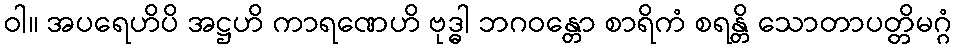
ဝါ။ အပရေဟိပိ အဋ္ဌဟိ ကာရဏေဟိ ဗုဒ္ဓါ ဘဂဝန္တော စာရိကံ စရန္တိ သောတာပတ္တိမဂ္ဂံ